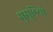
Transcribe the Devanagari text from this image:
सुसुडियो